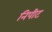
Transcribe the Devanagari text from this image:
निपीट